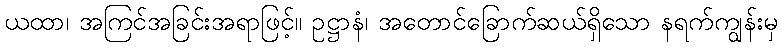
ယထာ၊ အကြင်အခြင်းအရာဖြင့်။ ဥဋ္ဌာနံ၊ အတောင်ခြောက်ဆယ်ရှိသော နရက်ကျွန်းမှ